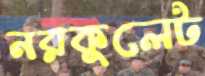
নরকুলেট